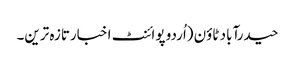
حیدرآباد ٹاؤن (اُردو پوائنٹ اخبارتازہ ترین۔